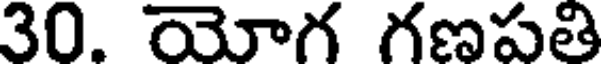
30. యోగ గణపతి